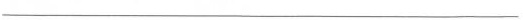
___